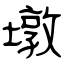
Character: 墩